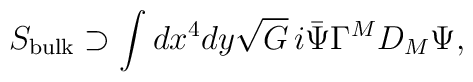
S_{\rm bulk}\supset \int dx^4dy\sqrt{G}\,i\bar{\Psi}\Gamma^MD_M\Psi,